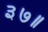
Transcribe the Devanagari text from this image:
३७॥